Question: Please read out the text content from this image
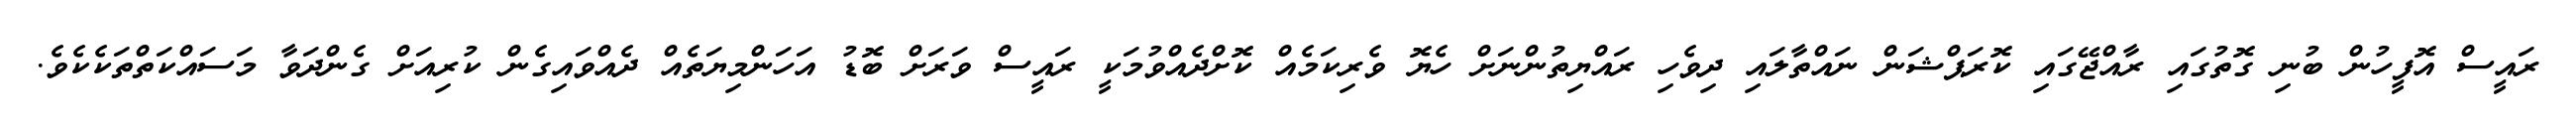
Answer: ރައީސް އޮފީހުން ބުނި ގޮތުގައި ރާއްޖޭގައި ކޮރަޕްޝަން ނައްތާލައި ދިވެހި ރައްޔިތުންނަށް ހެޔޮ ވެރިކަމެއް ކޮށްދެއްވުމަކީ ރައީސް ވަރަށް ބޮޑު އަހަންމިޔަތެއް ދެއްވައިގެން ކުރިއަށް ގެންދަވާ މަސައްކަތްތަކެކެވެ.